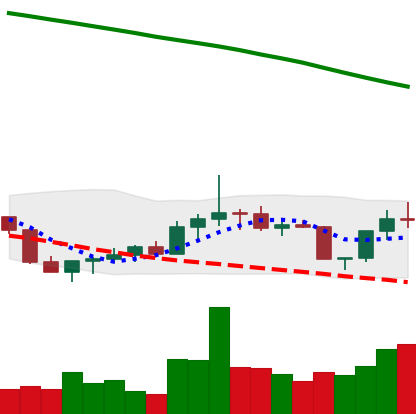
Ticker: DOGE-USD
Chart end date: 2022-07-29
Forward return: -3.938%
Label: down_3_5